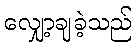
လျှော့ချခဲ့သည်